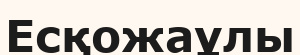
Есқожаұлы